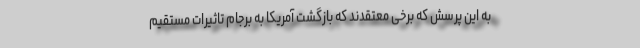
به این پرسش که برخی معتقدند که بازگشت آمریکا به برجام تاثیرات مستقیم